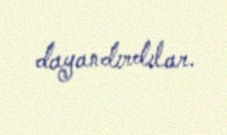
dayandırdılar.